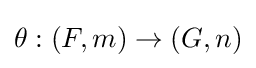
\theta :(F,m)\to (G,n)